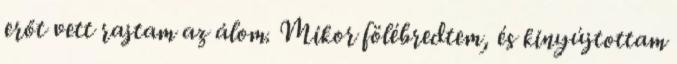
erőt vett rajtam az álom. Mikor fölébredtem, és kinyújtottam